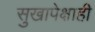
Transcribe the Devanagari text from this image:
सुखापेक्षाही